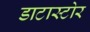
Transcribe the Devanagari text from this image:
डाटास्टोर